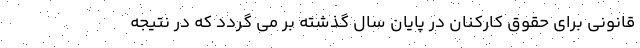
قانونی برای حقوق کارکنان در پایان سال گذشته بر می گردد که در نتیجه